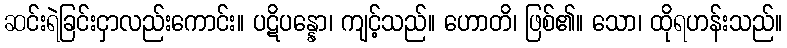
ဆင်းရဲခြင်းငှာလည်းကောင်း။ ပဋိပန္နော၊ ကျင့်သည်။ ဟောတိ၊ ဖြစ်၏။ သော၊ ထိုရဟန်းသည်။